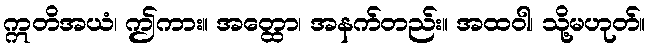
ဣတိအယံ၊ ဤကား။ အတ္ထော၊ အနက်တည်း။ အထဝါ၊ သို့မဟုတ်။